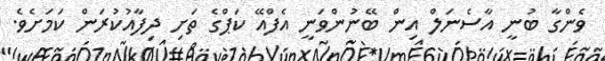
ވެންގާ ބުނީ އާސެނަލް އިން ބޭނުންވަނީ އެފްއޭ ކަޕްގެ ތަށި ދިފާއުކުރަން ކަމަށެވެ.